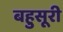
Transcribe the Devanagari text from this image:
बहुसूरी